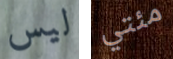
ليس مئتي